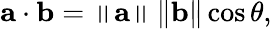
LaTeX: \mathbf{a\cdot b}=\left\| \mathbf{a}\right\| \left\| \mathbf{b}\right\| \cos\theta,